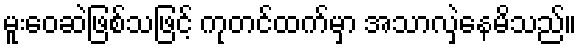
မူးဝေဆဲဖြစ်သဖြင့် ကုတင်ထက်မှာ အသာလှဲနေမိသည်။